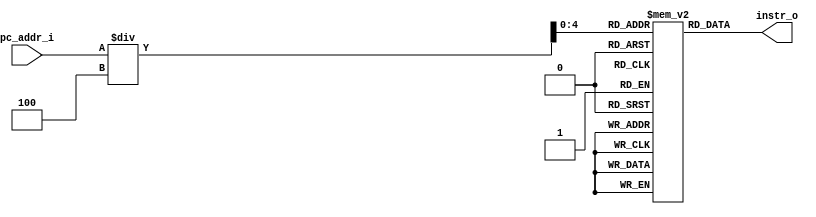
module Instr_Memory (
    pc_addr_i,
    instr_o
);

  //I/O ports
  input [32-1:0] pc_addr_i;
  output [32-1:0] instr_o;

  //Internal Signals
  reg     [32-1:0] instr_o;
  integer          i;

  //32 words Memory
  //This declares a 32x32-bit register array called Instr_Mem to act as the instruction memory. This means there are 32 locations, each storing a 32-bit value.
  reg     [32-1:0] Instr_Mem[0:31];

  //Parameter

  //Main function
  always @(pc_addr_i) begin
    instr_o = Instr_Mem[pc_addr_i/4];
  end

  //Initial Memory Contents
  initial begin
    for (i = 0; i < 32; i = i + 1) Instr_Mem[i] = 32'b0;

  end
endmodule